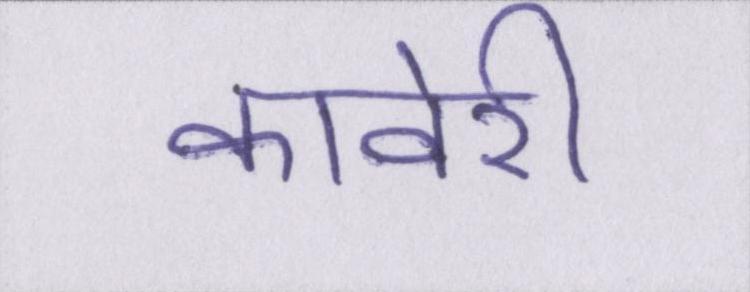
कावेरी